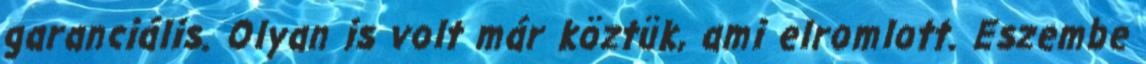
garanciális. Olyan is volt már köztük, ami elromlott. Eszembe